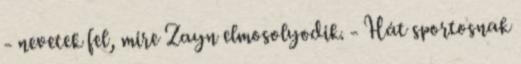
- nevetek fel, mire Zayn elmosolyodik. - Hát sportosnak